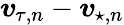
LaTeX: \boldsymbol{v}_{\! \; \! \tau,n}-\boldsymbol{v}_{\! \; \! \star,n}